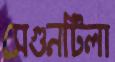
সেগুনটিলা